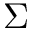
\Sigma